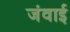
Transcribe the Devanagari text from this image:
जंवाई